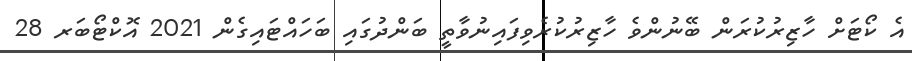
އެ ކޯޓަށް ހާޒިރުކުރަން ބޭނުންވެ ހާޒިރުކުރެވިފައިނުވާތީ ބަންދުގައި ބަހައްޓައިގެން 2021 އޮކްޓޯބަރ 28